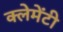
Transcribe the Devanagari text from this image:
क्लेमेंटी